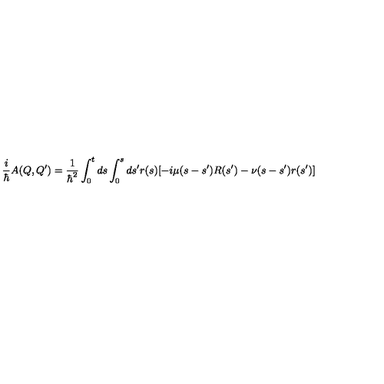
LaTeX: \frac { i } { \hbar } A ( Q , Q ^ { \prime } ) = \frac { 1 } { \hbar ^ { 2 } } \int _ { 0 } ^ { t } d s \int _ { 0 } ^ { s } d s ^ { \prime } r ( s ) [ - i \mu ( s - s ^ { \prime } ) R ( s ^ { \prime } ) - \nu ( s - s ^ { \prime } ) r ( s ^ { \prime } ) ]